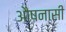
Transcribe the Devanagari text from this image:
औषनासी